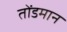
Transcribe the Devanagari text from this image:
तोंडमान